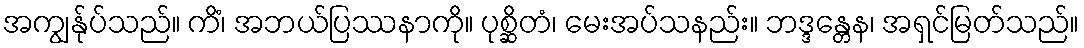
အကျွန်ုပ်သည်။ ကိံ၊ အဘယ်ပြဿနာကို။ ပုစ္ဆိတံ၊ မေးအပ်သနည်း။ ဘဒ္ဒန္တေန၊ အရှင်မြတ်သည်။